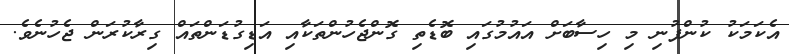
އެކަމަކު ކުންފުނި މި ހިސާބަށް އައުމުގައި ބޮޑެތި ގޮންޖެހުންތަކާއި އަޑިގުޑަންތައް ގިރާކުރަން ޖެހުނެވެ.